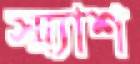
স্ম্যাশ